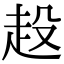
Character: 𧺢